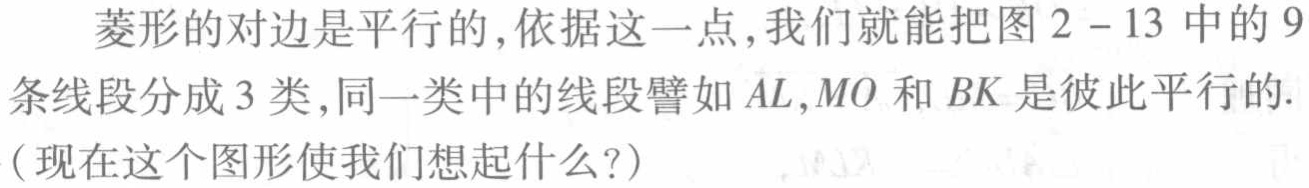
菱形的对边是平行的,依据这一点,我们就能把图$2 - 13$中的$9$条线段分成$3$类,同一类中的线段譬如$AL,MO$和$BK$是彼此平行的.(现在这个图形使我们想起什么?)